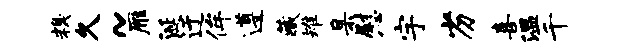
糗久~雁涎迂侔遵藏雉臬慰宇劣喜温千